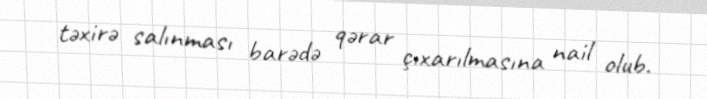
təxirə salınması barədə qərar çıxarılmasına nail olub.